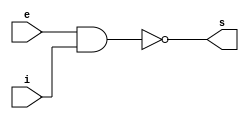
// ----------------------------------------------------------------------
// Exemplo 006 - NAND
// Nome: Dbora Deslandes de Almeida
// ----------------------------------------------------------------------

// ----------------------------------------------------------------------
// -- nand gate
// ----------------------------------------------------------------------

	module nandgate (output s, input e,i);
		assign s = (~(e&i));
	endmodule // nandgate
	
// ----------------------------------------------------------------------
// -- testnandgate
// ----------------------------------------------------------------------

	module testnandgate;
		// --------------------------------------------------- dados locais
		
		reg e,i;
		wire s;
		
		// ------------------------------------------------------- instacia
		
		nandgate praia (s,e,i);
		
		// ----------------------------------------------------- preparacao
		
		initial begin : start
			// valor inicial
			e = 0; i = 0;
		end
		// ------------------------------------------------ parte principal
		
		initial begin : main
			$display ("\nExemplo 006 - Debora Deslandes de Almeida Batista");
			$display ("\nMatricula : 451549");
			$display ("\nTest NAND gate");
			$display ("\n(~(e & i)) = s");
			#1 $display ("\n\n(~(%b & %b)) = %b", e,i,s);
			e = 1; i = 0;
			#1 $display ("\n(~(%b & %b)) = %b", e,i,s);
			e = 0; i = 1;
			#1 $display ("\n(~(%b & %b)) = %b", e,i,s);
			e = 1; i = 1;
			#1 $display ("\n(~(%b & %b)) = %b", e,i,s);
		end
endmodule // nandgate